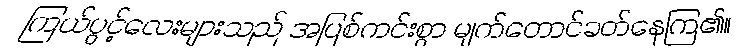
ကြယ်ပွင့်လေးများသည် အပြစ်ကင်းစွာ မျက်တောင်ခတ်နေကြ၏။